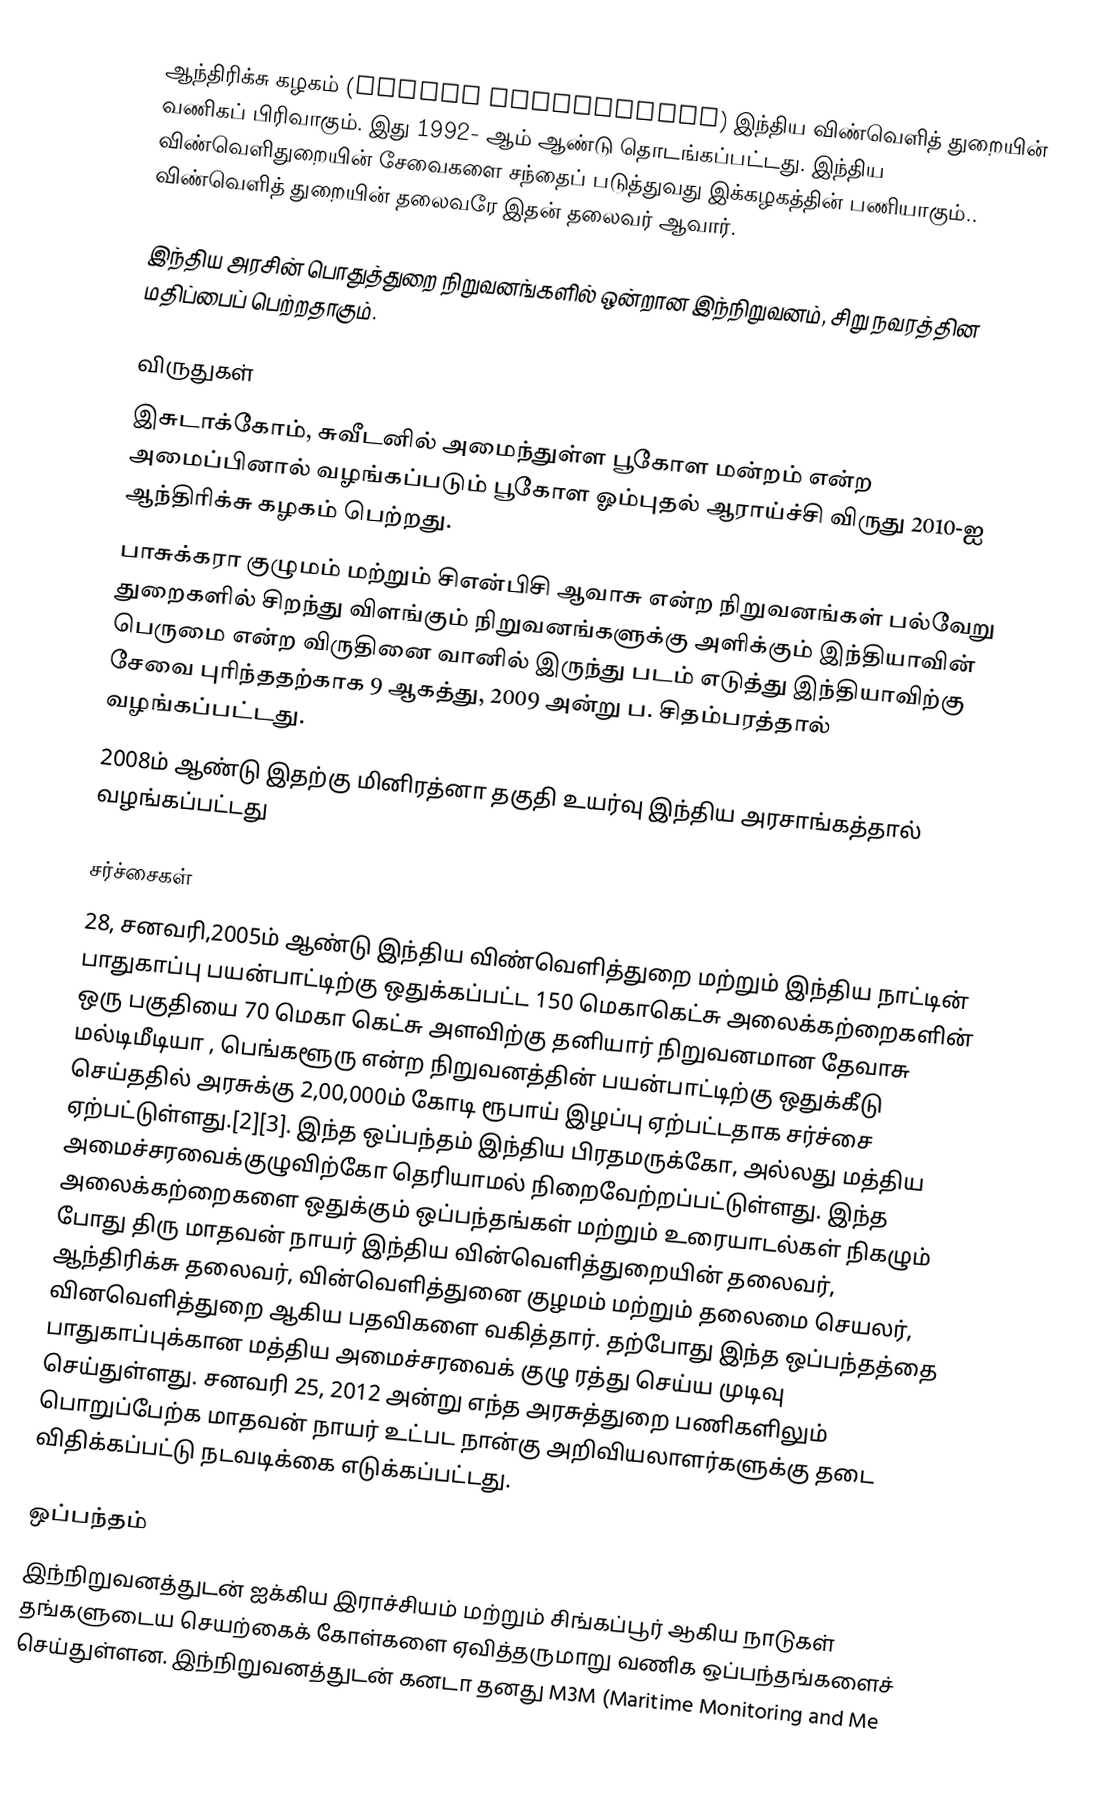
ஆந்திரிக்சு கழகம் (Antrix Corporation) இந்திய விண்வெளித் துறையின் வணிகப் பிரிவாகும். இது 1992- ஆம் ஆண்டு தொடங்கப்பட்டது. இந்திய விண்வெளிதுறையின் சேவைகளை சந்தைப் படுத்துவது இக்கழகத்தின் பணியாகும்.. விண்வெளித் துறையின் தலைவரே இதன் தலைவர் ஆவார்.

இந்திய அரசின் பொதுத்துறை நிறுவனங்களில் ஒன்றான இந்நிறுவனம்,  சிறு நவரத்தின மதிப்பைப் பெற்றதாகும்.

விருதுகள்
இசுடாக்கோம், சுவீடனில் அமைந்துள்ள பூகோள மன்றம் என்ற அமைப்பினால் வழங்கப்படும் பூகோள ஓம்புதல் ஆராய்ச்சி விருது 2010-ஐ ஆந்திரிக்சு கழகம் பெற்றது.
பாசுக்கரா குழுமம் மற்றும் சிஎன்பிசி ஆவாசு என்ற நிறுவனங்கள் பல்வேறு துறைகளில் சிறந்து விளங்கும் நிறுவனங்களுக்கு அளிக்கும் இந்தியாவின் பெருமை என்ற விருதினை வானில் இருந்து படம் எடுத்து இந்தியாவிற்கு சேவை புரிந்ததற்காக 9 ஆகத்து, 2009 அன்று ப. சிதம்பரத்தால் வழங்கப்பட்டது.
2008ம் ஆண்டு இதற்கு மினிரத்னா தகுதி உயர்வு இந்திய அரசாங்கத்தால் வழங்கப்பட்டது

சர்ச்சைகள்
28, சனவரி,2005ம் ஆண்டு இந்திய விண்வெளித்துறை மற்றும் இந்திய நாட்டின் பாதுகாப்பு பயன்பாட்டிற்கு ஒதுக்கப்பட்ட 150 மெகாகெட்சு அலைக்கற்றைகளின் ஒரு பகுதியை 70 மெகா கெட்சு அளவிற்கு தனியார் நிறுவனமான தேவாசு மல்டிமீடியா , பெங்களூரு என்ற நிறுவனத்தின் பயன்பாட்டிற்கு ஒதுக்கீடு செய்ததில் அரசுக்கு 2,00,000ம் கோடி ரூபாய் இழப்பு ஏற்பட்டதாக சர்ச்சை ஏற்பட்டுள்ளது.[2][3]. இந்த ஒப்பந்தம் இந்திய பிரதமருக்கோ, அல்லது மத்திய அமைச்சரவைக்குழுவிற்கோ தெரியாமல் நிறைவேற்றப்பட்டுள்ளது. இந்த அலைக்கற்றைகளை ஒதுக்கும் ஒப்பந்தங்கள் மற்றும் உரையாடல்கள் நிகழும் போது திரு மாதவன் நாயர் இந்திய வின்வெளித்துறையின் தலைவர், ஆந்திரிக்சு தலைவர், வின்வெளித்துனை குழமம் மற்றும் தலைமை செயலர், வினவெளித்துறை ஆகிய பதவிகளை வகித்தார். தற்போது இந்த ஒப்பந்தத்தை பாதுகாப்புக்கான மத்திய அமைச்சரவைக் குழு ரத்து செய்ய முடிவு செய்துள்ளது. சனவரி 25, 2012 அன்று எந்த அரசுத்துறை பணிகளிலும் பொறுப்பேற்க மாதவன் நாயர் உட்பட நான்கு அறிவியலாளர்களுக்கு தடை விதிக்கப்பட்டு நடவடிக்கை எடுக்கப்பட்டது.

ஒப்பந்தம்
இந்நிறுவனத்துடன் ஐக்கிய இராச்சியம் மற்றும் சிங்கப்பூர் ஆகிய நாடுகள் தங்களுடைய செயற்கைக் கோள்களை ஏவித்தருமாறு வணிக ஒப்பந்தங்களைச் செய்துள்ளன. இந்நிறுவனத்துடன் கனடா தனது M3M (Maritime Monitoring and Me